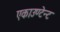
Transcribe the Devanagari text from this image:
एकाउण्टेन्ट